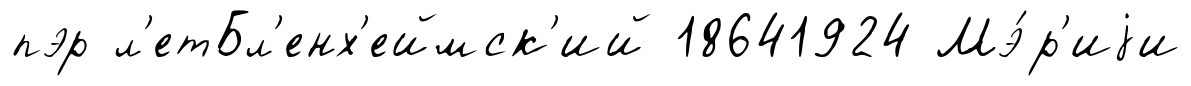
пэр л'етБл'енх'еймск'ий 18641924 Мэ́р'иjи